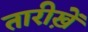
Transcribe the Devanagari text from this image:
तारीख़ें